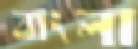
বাংলা